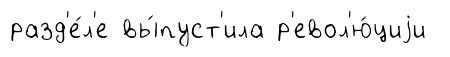
разд'е́л'е вы́пуст'ила р'евол'ю́циjи